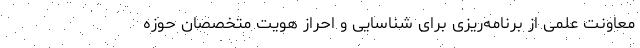
معاونت علمی از برنامه‌ریزی برای شناسایی و احراز هویت متخصصان حوزه